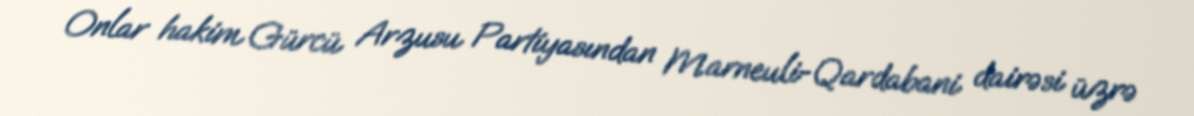
Onlar hakim Gürcü Arzusu Partiyasından Marneuli-Qardabani dairəsi üzrə